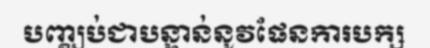
បញ្ឈប់ជាបន្ទាន់នូវផែនការបក្ស